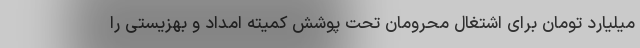
میلیارد تومان برای اشتغال محرومان تحت پوشش کمیته امداد و بهزیستی را